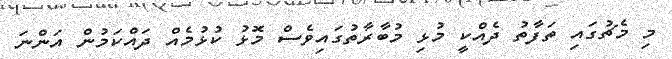
މި މެޗުގައި ތަފާތު ދެއްކީ މުޅި މުބާރާތުގައިވެސް މޮޅު ކުޅުމެއް ދައްކަމުން އަންނަ